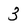
Character: 3